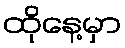
ထိုနေ့မှာ